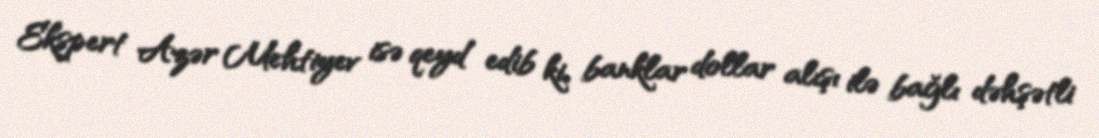
Ekspert Azər Mehtiyev isə qeyd edib ki, banklar dollar alışı ilə bağlı dəhşətli